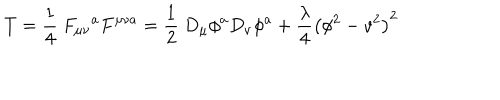
T = \frac { 1 } { 4 } \ F _ { \mu \nu } \mathrm { } ^ { a } F ^ { \mu \nu a } = \frac { 1 } { 2 } \ D _ { \mu } \phi ^ { a } D _ { \nu } \phi ^ { a } + \frac { \lambda } { 4 } \left( \phi ^ { 2 } - v ^ { 2 } \right) ^ { 2 }